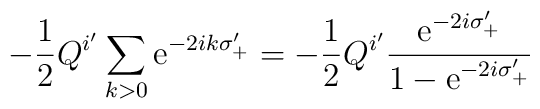
-\frac{1}{2}Q^{i'}\sum_{k>0}\mbox{e}^{-2ik\sigma'_{+}}=     -\frac{1}{2}Q^{i'}     \frac{\mbox{e}^{-2i\sigma'_{+}}}{1-\mbox{e}^{-2i\sigma'_{+}}}